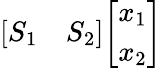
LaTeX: {\left[\begin{array}{ll}{S_{1}}&{S_{2}}\end{array}\right]}{\left[\begin{array}{l}{x_{1}}\\ {x_{2}}\end{array}\right]}